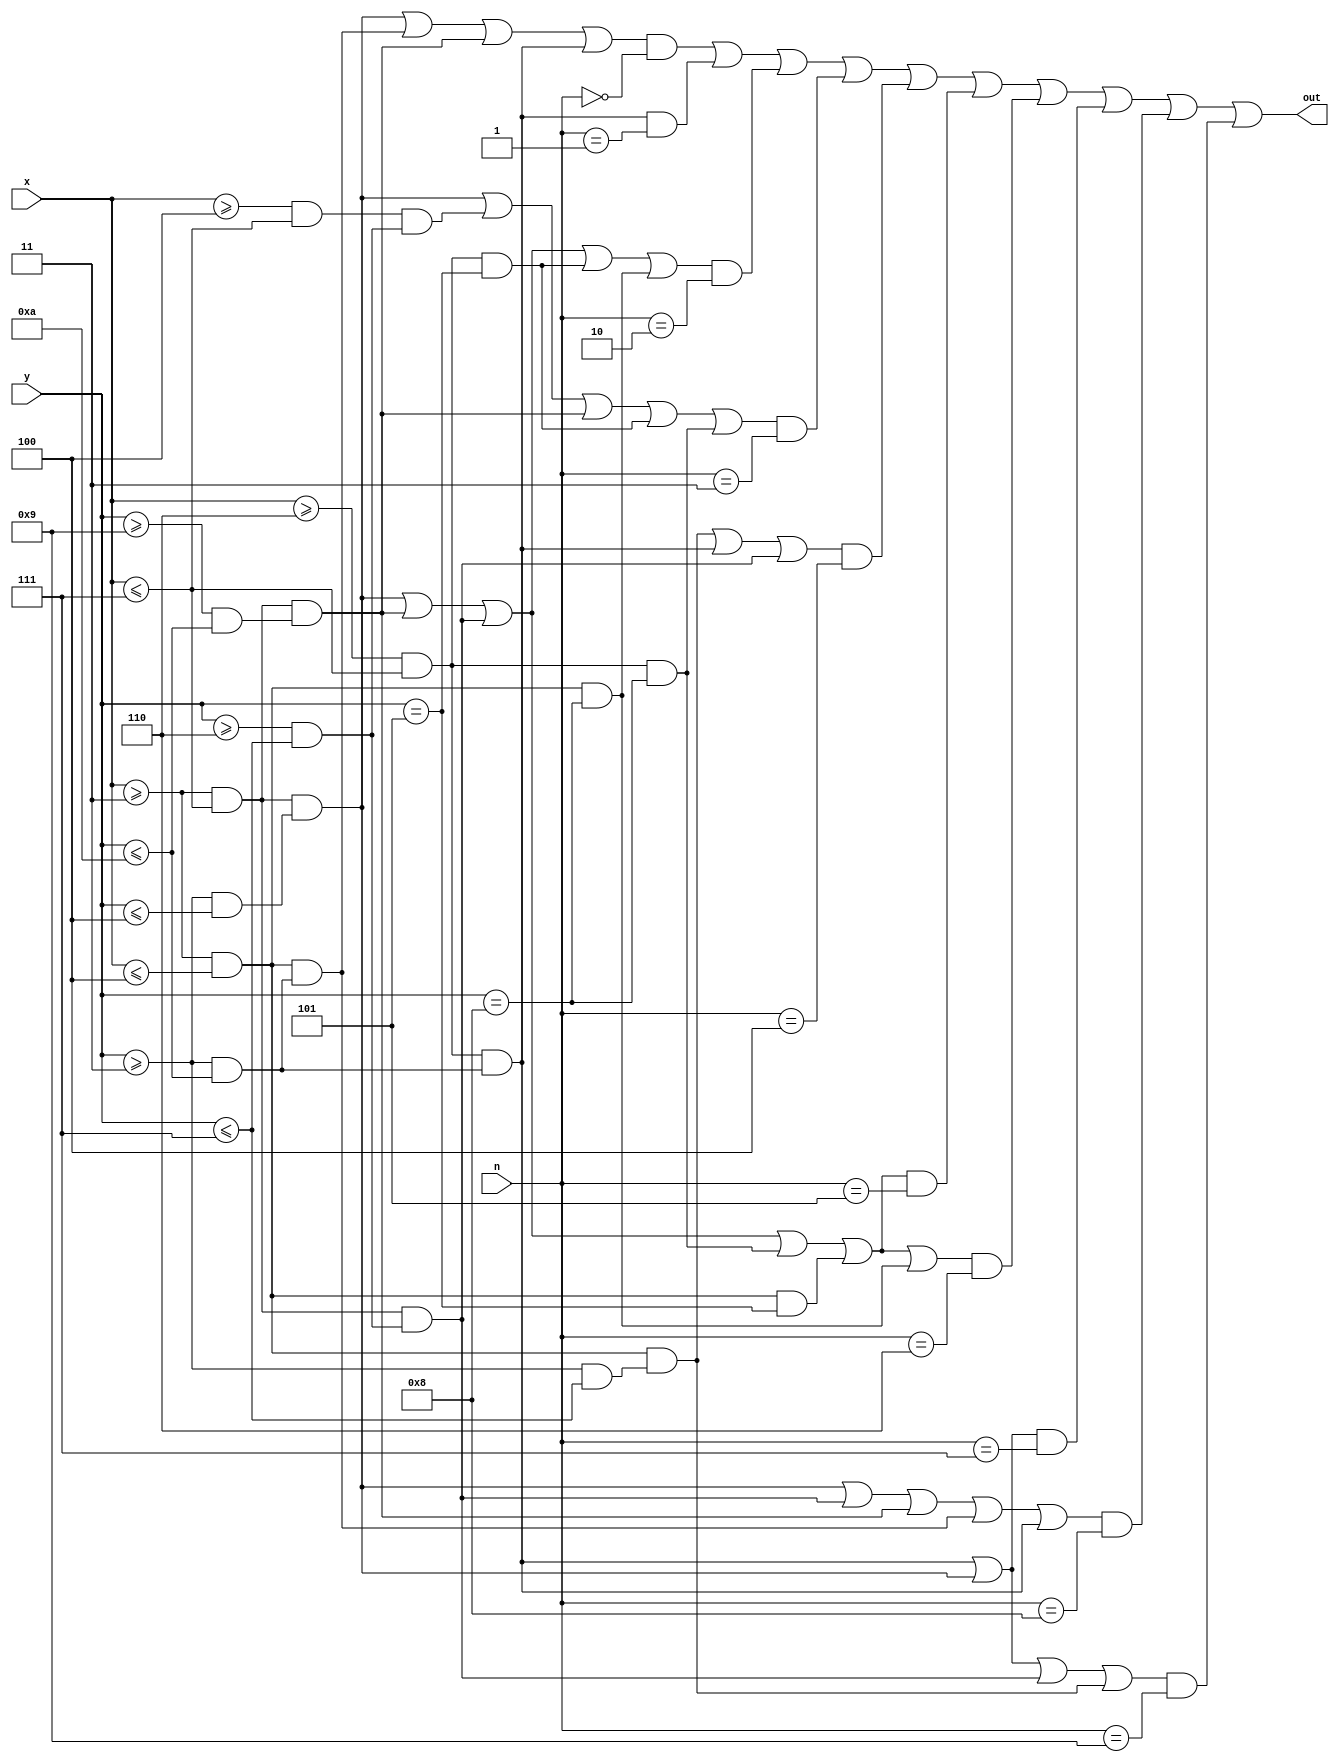
module Number (
  input [6:0] x,
  input [5:0] y,
  input [3:0] n,
  output out
);

//Define constant as local parameter
//Colour display
localparam GREEN = 16'h07E0;
localparam ORANGE = 16'hFFE0; //Yellow
localparam RED = 16'hF800;
localparam BLACK = 16'h0000;
localparam PURPLE = 16'hF81F;
localparam YELLOW = 16'hFC00;    
localparam BLUE = 16'h001F; localparam WHITE = 16'hFFFF;
localparam CYAN = 16'hF81F;
localparam MAGENTA = 16'hF81F;
localparam BROWN = 16'h8204;
localparam SKYBLUE = 16'h5FFF;
//Display Score

parameter X = 0;
parameter Y = 0;
    
    wire zero = ((x >= X + 3 && x <= X + 7) && (y >= Y + 3 && y <= Y + 4)) || ((x >= X + 3 && x <= X+ 4) && (y >= Y + 3 && y <= Y + 10)) || ((x >= X + 3 && x <= X + 7) && (y >= Y + 9 && y <= Y + 10)) || ((x >= X + 6 && x <= X + 7) && (y >= Y + 3  && y <= Y + 10));
    wire one = ((x >= X + 6 && x <= X + 7)  && (y >= Y + 3 && y <= Y + 10));
    wire two = ((x >= X + 3 && x <= X + 7) && (y >= Y + 3 && y <= Y + 4)) || ((x >= X + 3 && x <= X + 7) && (y >= Y + 9 && y <= Y + 10)) || ((x >= X + 3 && x <= X + 7) && (y >= Y + 6 && y <= Y + 7)) || ((x >= X + 6 && x <= X + 7) && (y == Y + 5)) || ((x >= X + 3 && x <= X + 4) && (y == Y + 8));
    wire three = ((x >= X + 3 && x <= X + 7) && (y >= Y + 3 && y <= Y + 4)) || ((x >= X + 4 && x <= X + 7) && (y >= Y + 6 && y <= Y + 7)) || ((x >= X + 3 && x <= X + 7) && (y >= Y + 9 && y <= Y + 10)) || ((x >= X + 6 && x <= X + 7) && (y == Y + 5)) || ((x >= X + 6 && x <= X + 7) && (y == Y + 8));
    wire four = ((x >= X + 3 && x <= X + 4) && (y >= Y + 3 && y <= Y + 7)) || ((x >= X + 6 && x <= X + 7) && (y >= Y + 3 && y <= Y + 10)) || ((x >= X +3 && x <= X + 7) && (y >= Y + 6 && y <= Y + 7));
    wire five = ((x >= X + 3 && x <= X + 7) && (y >= Y + 3 && y <= Y + 4)) || ((x >= X + 3 && x <= X + 7) && (y >= Y + 9 && y <= Y + 10)) || ((x >= X + 3 && x <= X + 7) && (y >= Y + 6 && y <= Y + 7)) || ((x >= X + 6 && x <= X + 7) && (y == Y + 8)) || ((x >= X + 3 && x <= X + 4) && (y == Y + 5));
    wire six = ((x >= X + 3 && x <= X + 7) && (y >= Y + 3 && y <= Y + 4)) || ((x >= X + 3 && x <= X + 7) && (y >= Y + 9 && y <= Y + 10)) || ((x >= X + 3 && x <= X + 7) && (y >= Y + 6 && y <= Y + 7)) || ((x >= X + 6 && x <= X + 7) && (y == Y + 8)) || ((x >= X + 3 && x <= X + 4) && (y == Y + 5)) || ((x >= X + 3 && x <= X + 4) && (y == Y + 8));
    wire seven = ((x >= X + 6 && x <= X + 7) && (y >= Y + 3 && y <= Y + 10)) || ((x >= X + 3 && x <= X + 7) && (y >= Y + 3 && y <= Y + 4));
    wire eight = ((x >= X + 3 && x <= X + 7) && (y >= Y + 3 && y <= Y + 4)) || ((x >= X + 3 && x <= X + 7) && (y >= Y + 6 && y <= Y + 7)) || ((x >= X + 3 && x <= X + 7) && (y >= Y + 9 && y <= Y + 10)) || ((x >= X + 3 && x <= X + 4) && (y >= Y + 3 && y <= Y + 10)) || ((x >= X + 6 && x <= X + 7) && (y >= Y + 3 && y <= Y + 10));
    wire nine = ((x >= X + 6 && x <= X + 7) && (y >= Y + 3 && y <= Y + 10)) || ((x >= X + 3 && x <= X + 7) && (y >= Y + 3 && y <= Y + 4)) || ((x >= X + 3 && x <= X + 7) && (y >= Y + 6 && y <= Y + 7)) || ((x >= X + 3 && x <= X + 4) && (y >= Y + 3 && y <= Y + 7));

	assign out =  (  (zero && n == 4'd0) || (one && n == 4'd1) || (two && n == 4'd2) || (three && n == 4'd3) || (four && n == 4'd4) ||
                   (five && n == 4'd5) || (six && n == 4'd6) || (seven && n == 4'd7) || (eight && n == 4'd8) || (nine && n == 4'd9) );
endmodule